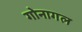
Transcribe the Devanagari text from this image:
गोनागल